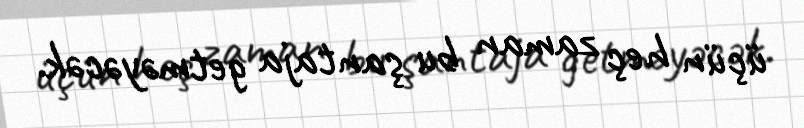
üçün heç zaman bu şantaja getməyəcək.